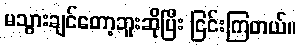
မသွားချင်တော့ဘူးဆိုပြီး ငြင်းကြတယ်။